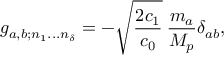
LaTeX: g _ { a , b ; n _ { 1 } . . . n _ { \delta } } = - \sqrt { \frac { 2 c _ { 1 } } { c _ { 0 } } } \: \frac { m _ { a } } { M _ { p } } \delta _ { a b } ,